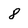
Character: 8